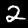
Label: 2